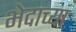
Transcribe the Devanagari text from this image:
भेदाच्या